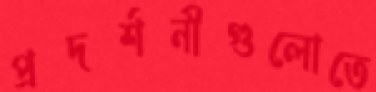
প্রদর্শনীগুলোতে